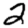
Digit: 2